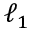
\ell _ { 1 }